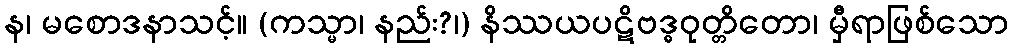
န၊ မစောဒနာသင့်။ (ကသ္မာ၊ နည်း?၊) နိဿယပဋိဗဒ္ဓဝုတ္တိတော၊ မှီရာဖြစ်သော